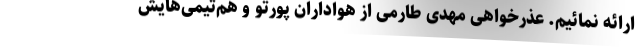
ارائه نمائیم. عذرخواهی مهدی طارمی از هواداران پورتو و هم‌تیمی‌هایش